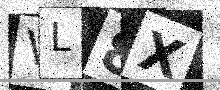
Text: VL8X